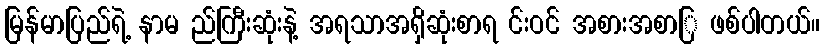
မြန်မာပြည်ရဲ့ နာမ ည်ကြီးဆုံးနဲ့ အရသာအရှိဆုံးစာရ င်းဝင် အစားအစာြ ဖစ်ပါတယ်။